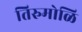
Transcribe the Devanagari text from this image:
तिरुमोळि